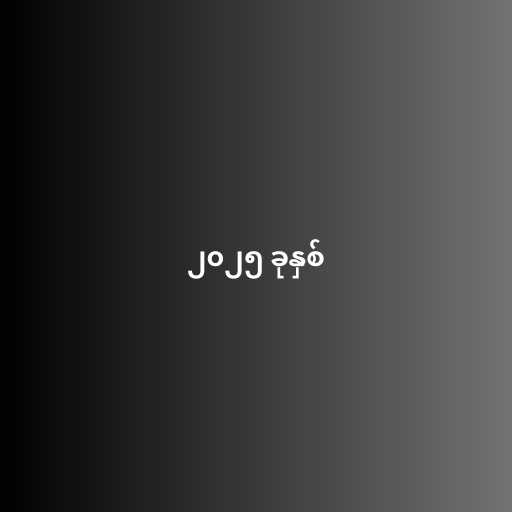
၂၀၂၅ ခုနှစ်